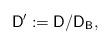
LaTeX: \begin{align*} \mathsf{D}' := \mathsf{D} / \mathsf{D}_{\mathsf{B}},\end{align*}